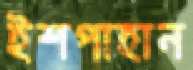
ইশপাহান